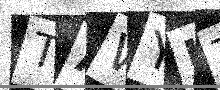
Text: TAWYUT